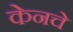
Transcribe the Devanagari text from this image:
केनचे